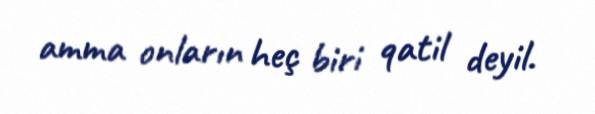
amma onların heç biri qatil deyil.